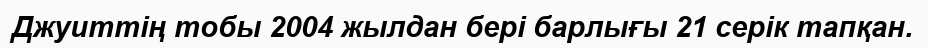
Джуиттің тобы 2004 жылдан бері барлығы 21 серік тапқан.